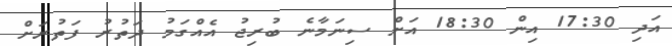
އަދި 17:30 އިން 18:30 އަށް ސިނަމާނެ ބުރިޖު އެއްގަމު ދަތުރު ފަތުރަށް